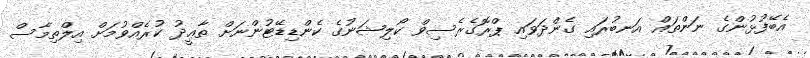
އެބޭފުޅުންގެ ނަންތައް އަނބުރައި ގެންދަވައި ޕްރޮގެރެސިވް ކޯލިޝަނުގެ ކެންޑިޑޭޓުންނަށް ތާޢީދު ކުރެއްވުމަށް އިލްތިމާސް